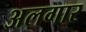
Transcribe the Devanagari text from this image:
अलगार